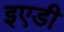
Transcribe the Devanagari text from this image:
इएडी